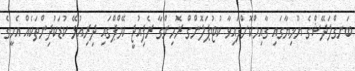
ބަނގްލަދޭޝްގެ ޔޫޚިޔާގައި ގާއިމްކޮށްފައިވާ ކުޓުޕަލޮންގް ރޮހިންގާ ރެފިއުޖީ ކޭމްޕްގައި ދިރިއުޅޭ ކުޑަކުދިންތަކެއް އެހީގެ